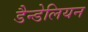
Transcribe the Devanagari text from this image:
डैन्डेलियन